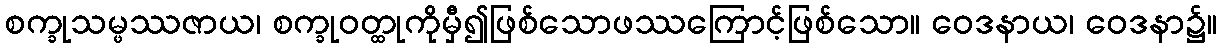
စက္ခုသမ္ဖဿဇာယ၊ စက္ခုဝတ္ထုကိုမှီ၍ဖြစ်သောဖဿကြောင့်ဖြစ်သော။ ဝေဒနာယ၊ ဝေဒနာ၌။